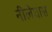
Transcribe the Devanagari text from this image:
नीलेघास